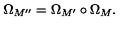
\Omega _ { M ^ { \prime \prime } } = \Omega _ { M ^ { \prime } } \circ \Omega _ { M } .